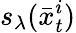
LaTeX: s_{\lambda}(\bar{x}_{t}^{i})